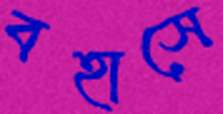
বহাসে